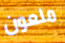
ملعون